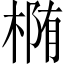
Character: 椭